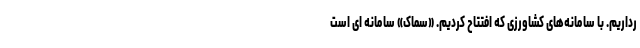
رداریم. با سامانه‌های کشاورزی که افتتاح کردیم. «سماک» سامانه ای است